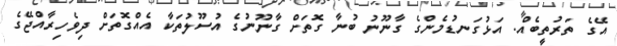
އޭގެ ތަރުތީބެއް. އަޅުގަނޑުމެންގެ ގާނޫނު ބުނާ ގޮތަށް ގާނޫނުގެ އުސޫލުތަކާ އެއްގޮތަށް ދިވެހިރާއްޖޭގެ